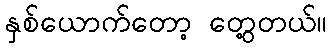
နှစ်ယောက်တော့ တွေ့တယ်။